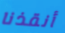
أنقذنا